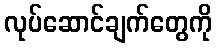
လုပ်ဆောင်ချက်တွေကို